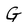
Character: G